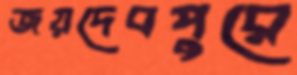
জয়দেবপুরে